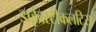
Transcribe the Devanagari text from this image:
डाईवरटीकलटिस